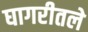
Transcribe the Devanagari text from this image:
घागरीतले